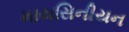
માયસિનીયન